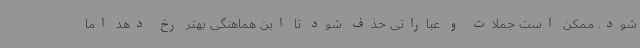
شود. ممکن است جملات و عباراتی حذف شود تا این هماهنگی بهتر رخ دهد اما